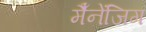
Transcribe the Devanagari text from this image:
मैँनेंजिग